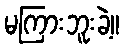
မကြားဘူးခဲ့။